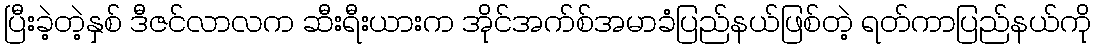
ပြီးခဲ့တဲ့နှစ် ဒီဇင်လာလက ဆီးရီးယားက အိုင်အက်စ်အမာခံပြည်နယ်ဖြစ်တဲ့ ရတ်ကာပြည်နယ်ကို